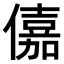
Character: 𠏼